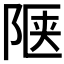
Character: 𬯅